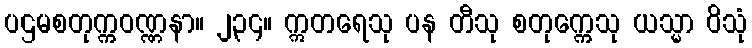
ပဌမစတုက္ကဝဏ္ဏနာ။ ၂၃၄။ ဣတရေသု ပန တီသု စတုက္ကေသု ယသ္မာ ဝိသုံ